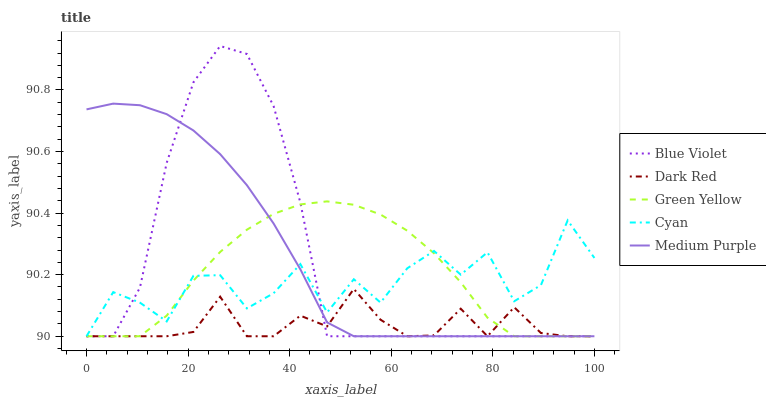
| xaxis_label | Blue Violet | Dark Red | Green Yellow | Cyan | Medium Purple |
 | --- | --- | --- | --- | --- | --- |
 | 0 | 90 | 90 | 90 | 90 | 90.7 |
 | 5.26 | 90 | 90 | 90 | 90.1 | 90.8 |
 | 10.5 | 90.2 | 90 | 90 | 90.1 | 90.8 |
 | 15.8 | 90.6 | 90 | 90.1 | 90 | 90.7 |
 | 21.1 | 90.8 | 90 | 90.2 | 90.2 | 90.7 |
 | 26.3 | 90.9 | 90.1 | 90.3 | 90.2 | 90.6 |
 | 31.6 | 90.9 | 90 | 90.3 | 90.1 | 90.5 |
 | 36.8 | 90.7 | 90 | 90.4 | 90.1 | 90.4 |
 | 42.1 | 90.4 | 90.1 | 90.4 | 90.2 | 90.2 |
 | 47.4 | 90 | 90 | 90.4 | 90.1 | 90 |
 | 52.6 | 90 | 90.2 | 90.4 | 90.2 | 90 |
 | 57.9 | 90 | 90.1 | 90.4 | 90.1 | 90 |
 | 63.2 | 90 | 90 | 90.3 | 90.2 | 90 |
 | 68.4 | 90 | 90 | 90.3 | 90.3 | 90 |
 | 73.7 | 90 | 90.1 | 90.2 | 90.2 | 90 |
 | 78.9 | 90 | 90 | 90.1 | 90.3 | 90 |
 | 84.2 | 90 | 90.1 | 90 | 90.1 | 90 |
 | 89.5 | 90 | 90 | 90 | 90.2 | 90 |
 | 94.7 | 90 | 90 | 90 | 90.4 | 90 |
 | 100 | 90 | 90 | 90 | 90.3 | 90 |